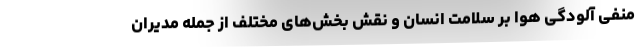
منفی آلودگی هوا بر سلامت انسان و نقش بخش‌های مختلف از جمله مدیران